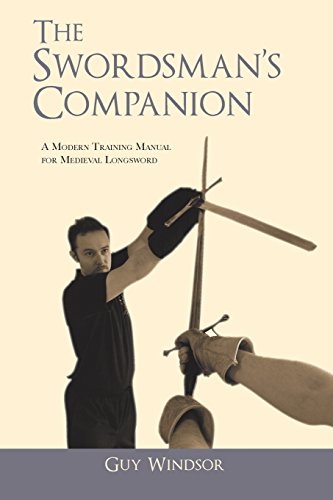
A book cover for The Swordsman's Companion; Guy Windsor; Sports & Outdoors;